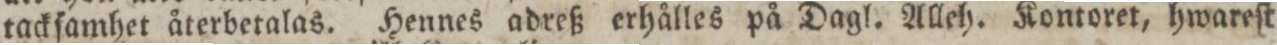
tackſamhet återbetalas. Hennes adreß erhålles på Dagl. Alleh. Kontoret, hwareſt